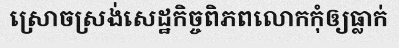
ស្រោចស្រង់សេដ្ឋកិច្ចពិភពលោកកុំឲ្យធ្លាក់